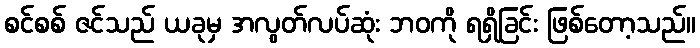
စင်စစ် ဇင်သည် ယခုမှ အလွတ်လပ်ဆုံး ဘဝကို ရရှိခြင်း ဖြစ်တော့သည်။